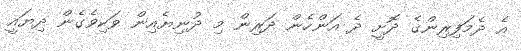
އެ ދެމަފިރިންގެ ދޮށީ ދެ އަންހެން ދަރިން މި ދުނިޔެއިން ވަކިވެގެން ދިޔައީ